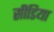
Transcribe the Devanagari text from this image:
सीडिया